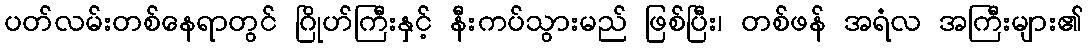
ပတ်လမ်းတစ်နေရာတွင် ဂြိုဟ်ကြီးနှင့် နီးကပ်သွားမည် ဖြစ်ပြီး၊ တစ်ဖန် အရံလ အကြီးများ၏